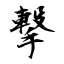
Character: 撃